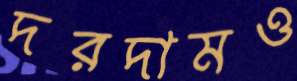
দরদামও